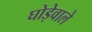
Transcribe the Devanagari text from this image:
घोड़ेवाले